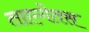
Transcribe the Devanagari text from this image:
ताएगेतस